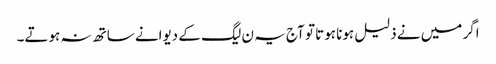
اگر میں نے ذلیل ہونا ہوتا تو آج یہ ن لیگ کے دیوانے ساتھ نہ ہوتے۔